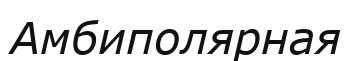
Амбиполярная